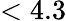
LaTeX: <4.3